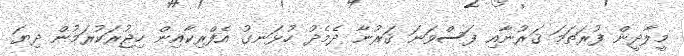
މީލާދީން ފުރަތަމަ ޤަރުނާއި ފަސްވަނަ ޤަރުނާ ދެމެދު ހުޅަނގު އެފްރިކާއިން ހިޖުރަކުރަމުން ދިޔަ